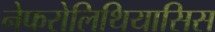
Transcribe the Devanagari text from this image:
नेफरोलिथियासिस